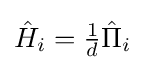
{\textstyle {\hat {H}}_{i}={\frac {1}{d}}{\hat {\Pi }}_{i}}